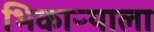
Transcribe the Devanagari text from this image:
भिकाऱ्याला